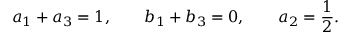
a _ { 1 } + a _ { 3 } = 1 , \qquad b _ { 1 } + b _ { 3 } = 0 , \qquad a _ { 2 } = \frac { 1 } { 2 } .